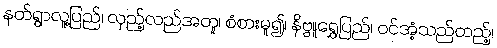
နတ်ရွာလူ့ပြည်၊ လှည့်လည်အတူ၊ စံစားမူ၍၊ နိဗ္ဗူရွှေပြည်၊ ဝင်အံ့သည်တည့်၊